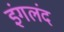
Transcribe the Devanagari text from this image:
इंगलंद